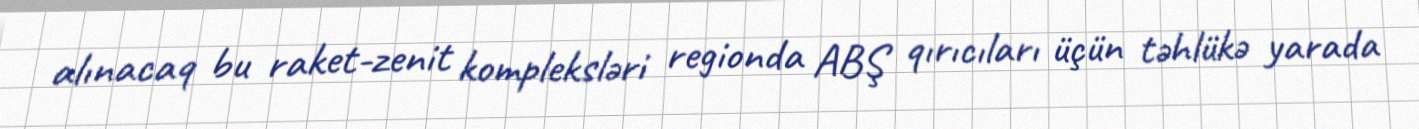
alınacaq bu raket-zenit kompleksləri regionda ABŞ qırıcıları üçün təhlükə yarada